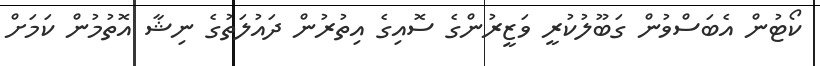
ކޯޓުން އެބަސްވުން ގަބޫލުކުރީ ވަޒީރުންގެ ސޮއިގެ އިތުރުން ދައުލަތުގެ ނިޝާ އޮތުމުން ކަމަށް